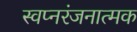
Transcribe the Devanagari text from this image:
स्वप्नरंजनात्मक